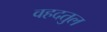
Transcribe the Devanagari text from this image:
वहदतुल